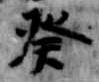
癸